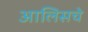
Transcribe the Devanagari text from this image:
आलिसचे